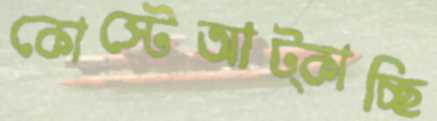
কোস্টেআট্‌কাচ্ছি